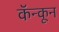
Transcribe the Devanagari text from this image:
कॅन्कून